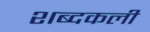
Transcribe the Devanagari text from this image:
शब्दकली